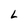
Character: L